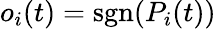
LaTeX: o_{i}(t)=\mathrm{sgn}(P_{i}(t))